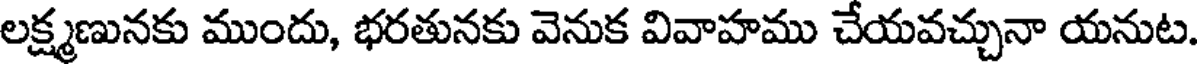
లక్ష్మణునకు ముందు, భరతునకు వెనుక వివాహము చేయవచ్చునా యనుట.